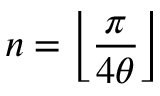
n = \left\lfloor { \frac { \pi } { 4 \theta } } \right\rfloor